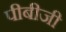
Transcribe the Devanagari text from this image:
पीबीजी